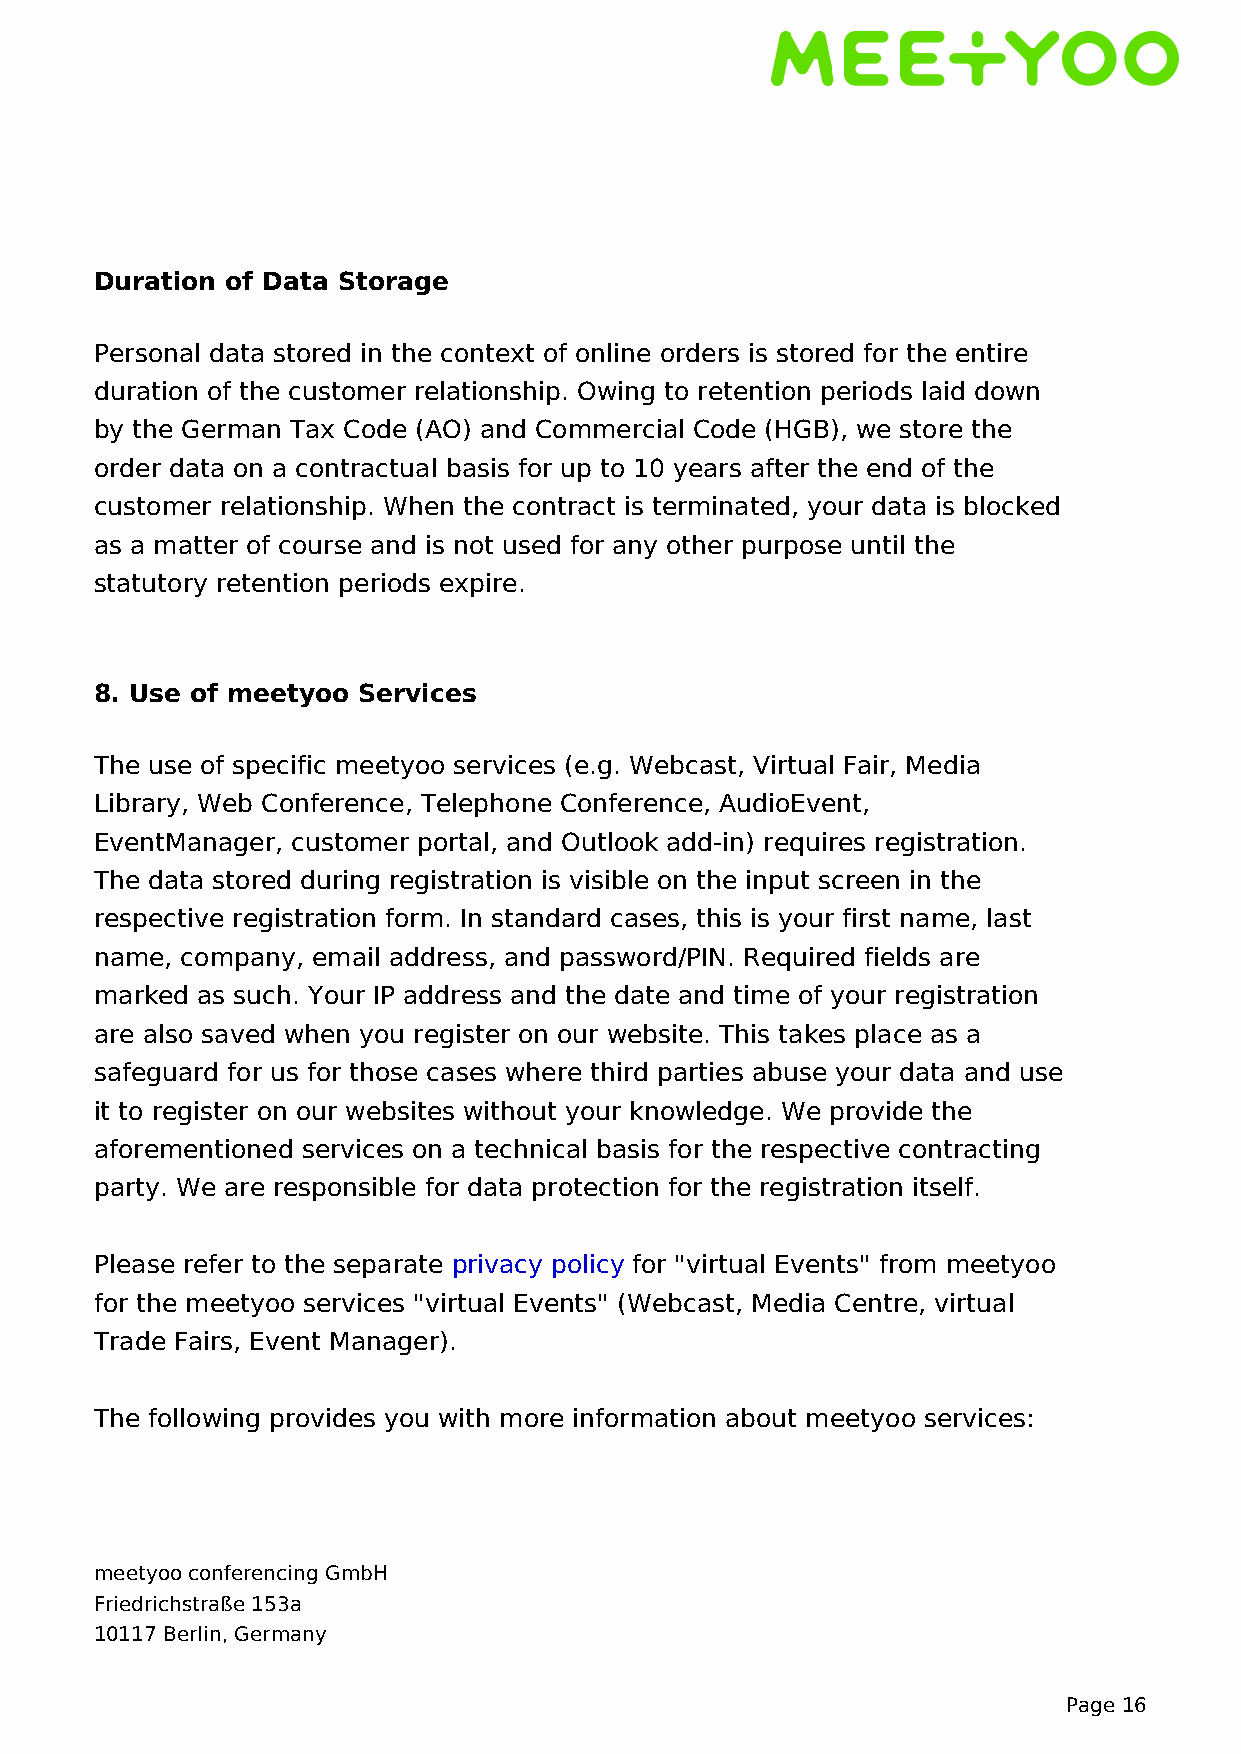
Duration of Data Storage
 Personal data stored in the context of online orders is stored for the entire
 duration of the customer relationship. Owing to retention periods laid down
 by the German Tax Code (AO) and Commercial Code (HGB), we store the
 order data on a contractual basis for up to 10 years after the end of the
 customer relationship. When the contract is terminated, your data is blocked
 as a matter of course and is not used for any other purpose until the
 statutory retention periods expire.
 8. Use of meetyoo Services
 The use of specific meetyoo services (e.g. Webcast, Virtual Fair, Media
 Library, Web Conference, Telephone Conference, AudioEvent,
 EventManager, customer portal, and Outlook add-in) requires registration.
 The data stored during registration is visible on the input screen in the
 respective registration form. In standard cases, this is your first name, last
 name, company, email address, and password/PIN. Required fields are
 marked as such. Your IP address and the date and time of your registration
 are also saved when you register on our website. This takes place as a
 safeguard for us for those cases where third parties abuse your data and use
 it to register on our websites without your knowledge. We provide the
 aforementioned services on a technical basis for the respective contracting
 party. We are responsible for data protection for the registration itself.
 Please refer to the separate privacy policy for "virtual Events" from meetyoo
 for the meetyoo services "virtual Events" (Webcast, Media Centre, virtual
 Trade Fairs, Event Manager).
 The following provides you with more information about meetyoo services:
 meetyoo conferencing GmbH
 Friedrichstraße 153a
 10117 Berlin, Germany
 Page 16